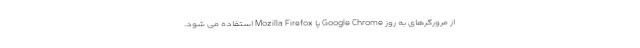
از مرورگرهای به روز Google Chrome یا Mozilla Firefox استفاده می شود.